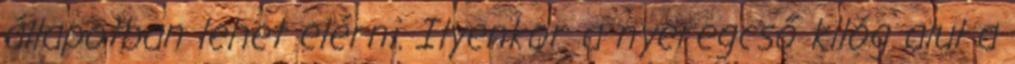
állapotban lehet elérni. Ilyenkor a nyeregcső kilóg alul a